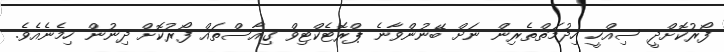
ފޯރުކޮށްދީ ސިއްހީ ހިދުމަތްތެރިން ނަށް ބޭނުންވާނެ ޕްރޮޓެކްޓިވް ގިއާސްތައް ފޯރުކޮށް ދިނުން ހިމެނެއެވެ.